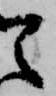
え